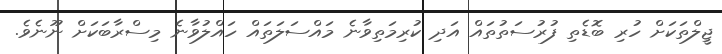
ޖީލްތަކަށް ހުރި ބޮޑެތި ފުރުސަތުތައް އަދި ކުރިމަތިވާނެ މައްސަލަތައް ހައްލުވާނެ މިސްރާބަކަށް ނޫނެވެ.